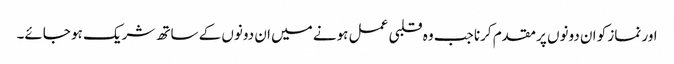
اور نماز کو ان دونوں پر مقدم کرنا جب وہ قلبی عمل ہونے میں ان دونوں کے ساتھ شریک ہو جائے۔